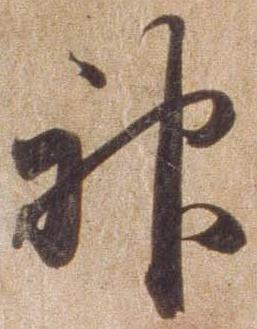
神